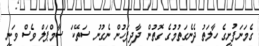
ގެމަނަފުށީގެ ހާލަތު ދެނެގަތުމުގެ ގޮތުން ދާދިފަހުން ނެގުނު ސަތޭކަ ސާމްޕަލް ވެސް ވަނީ